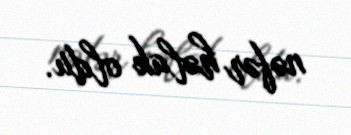
nəfər həlak oldu.